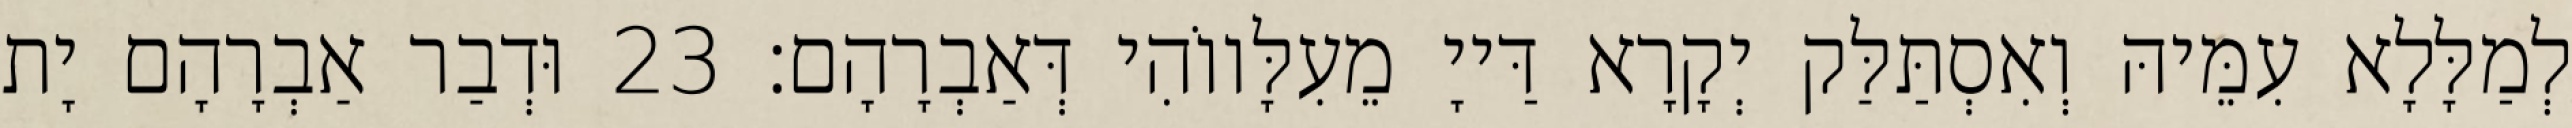
לְמַלָּלָא עִמֵּיהּ וְאִסְתַּלַּק יְקָרָא דַּייָ מֵעִלָּווֹהִי דְּאַבְרָהָם׃ 23 וּדְבַר אַבְרָהָם יָת